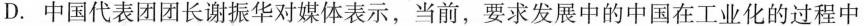
D.中国代表团团长谢振华对媒体表示，当前，要求发展中的中国在工业化的过程中